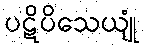
ပဋိပိသေယျုံ